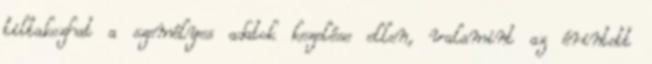
tiltakozhat a személyes adatok kezelése ellen, valamint az érintett